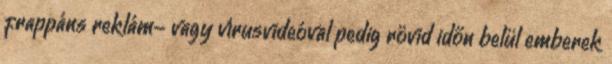
frappáns reklám- vagy vírusvideóval pedig rövid időn belül emberek